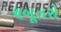
ચબૂતરો